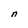
Character: n